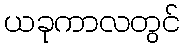
ယခုကာလတွင်